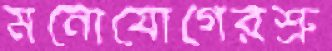
মনোযোগেরশ্রু